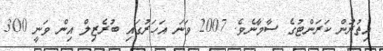
އިތުރުން ކަރަންޓުގެ ސާމާނެވެ. 2007 ވަނަ އަހަރުގައި ބުރެޒިލް އިން ވަނީ 300